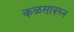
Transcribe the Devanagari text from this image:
कळसावरून